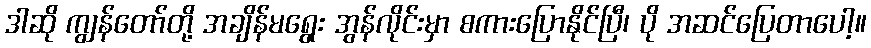
ဒါဆို ကျွန်တော်တို့ အချိန်မရွေး အွန်လိုင်းမှာ စကားပြောနိုင်ပြီ၊ ပို အဆင်ပြေတာပေါ့။